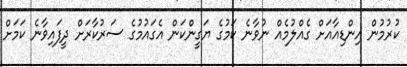
ކުރުމުން އިންޑިއާއަށް ގެއްލުމެއް ނުވާނެ ކަމުގެ ޔަގީންކަން އެގައުމުގެ ސަރުކާރަށް ދީފައިވާނެ ކަމަށް